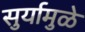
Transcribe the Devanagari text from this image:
सुर्यामुळे